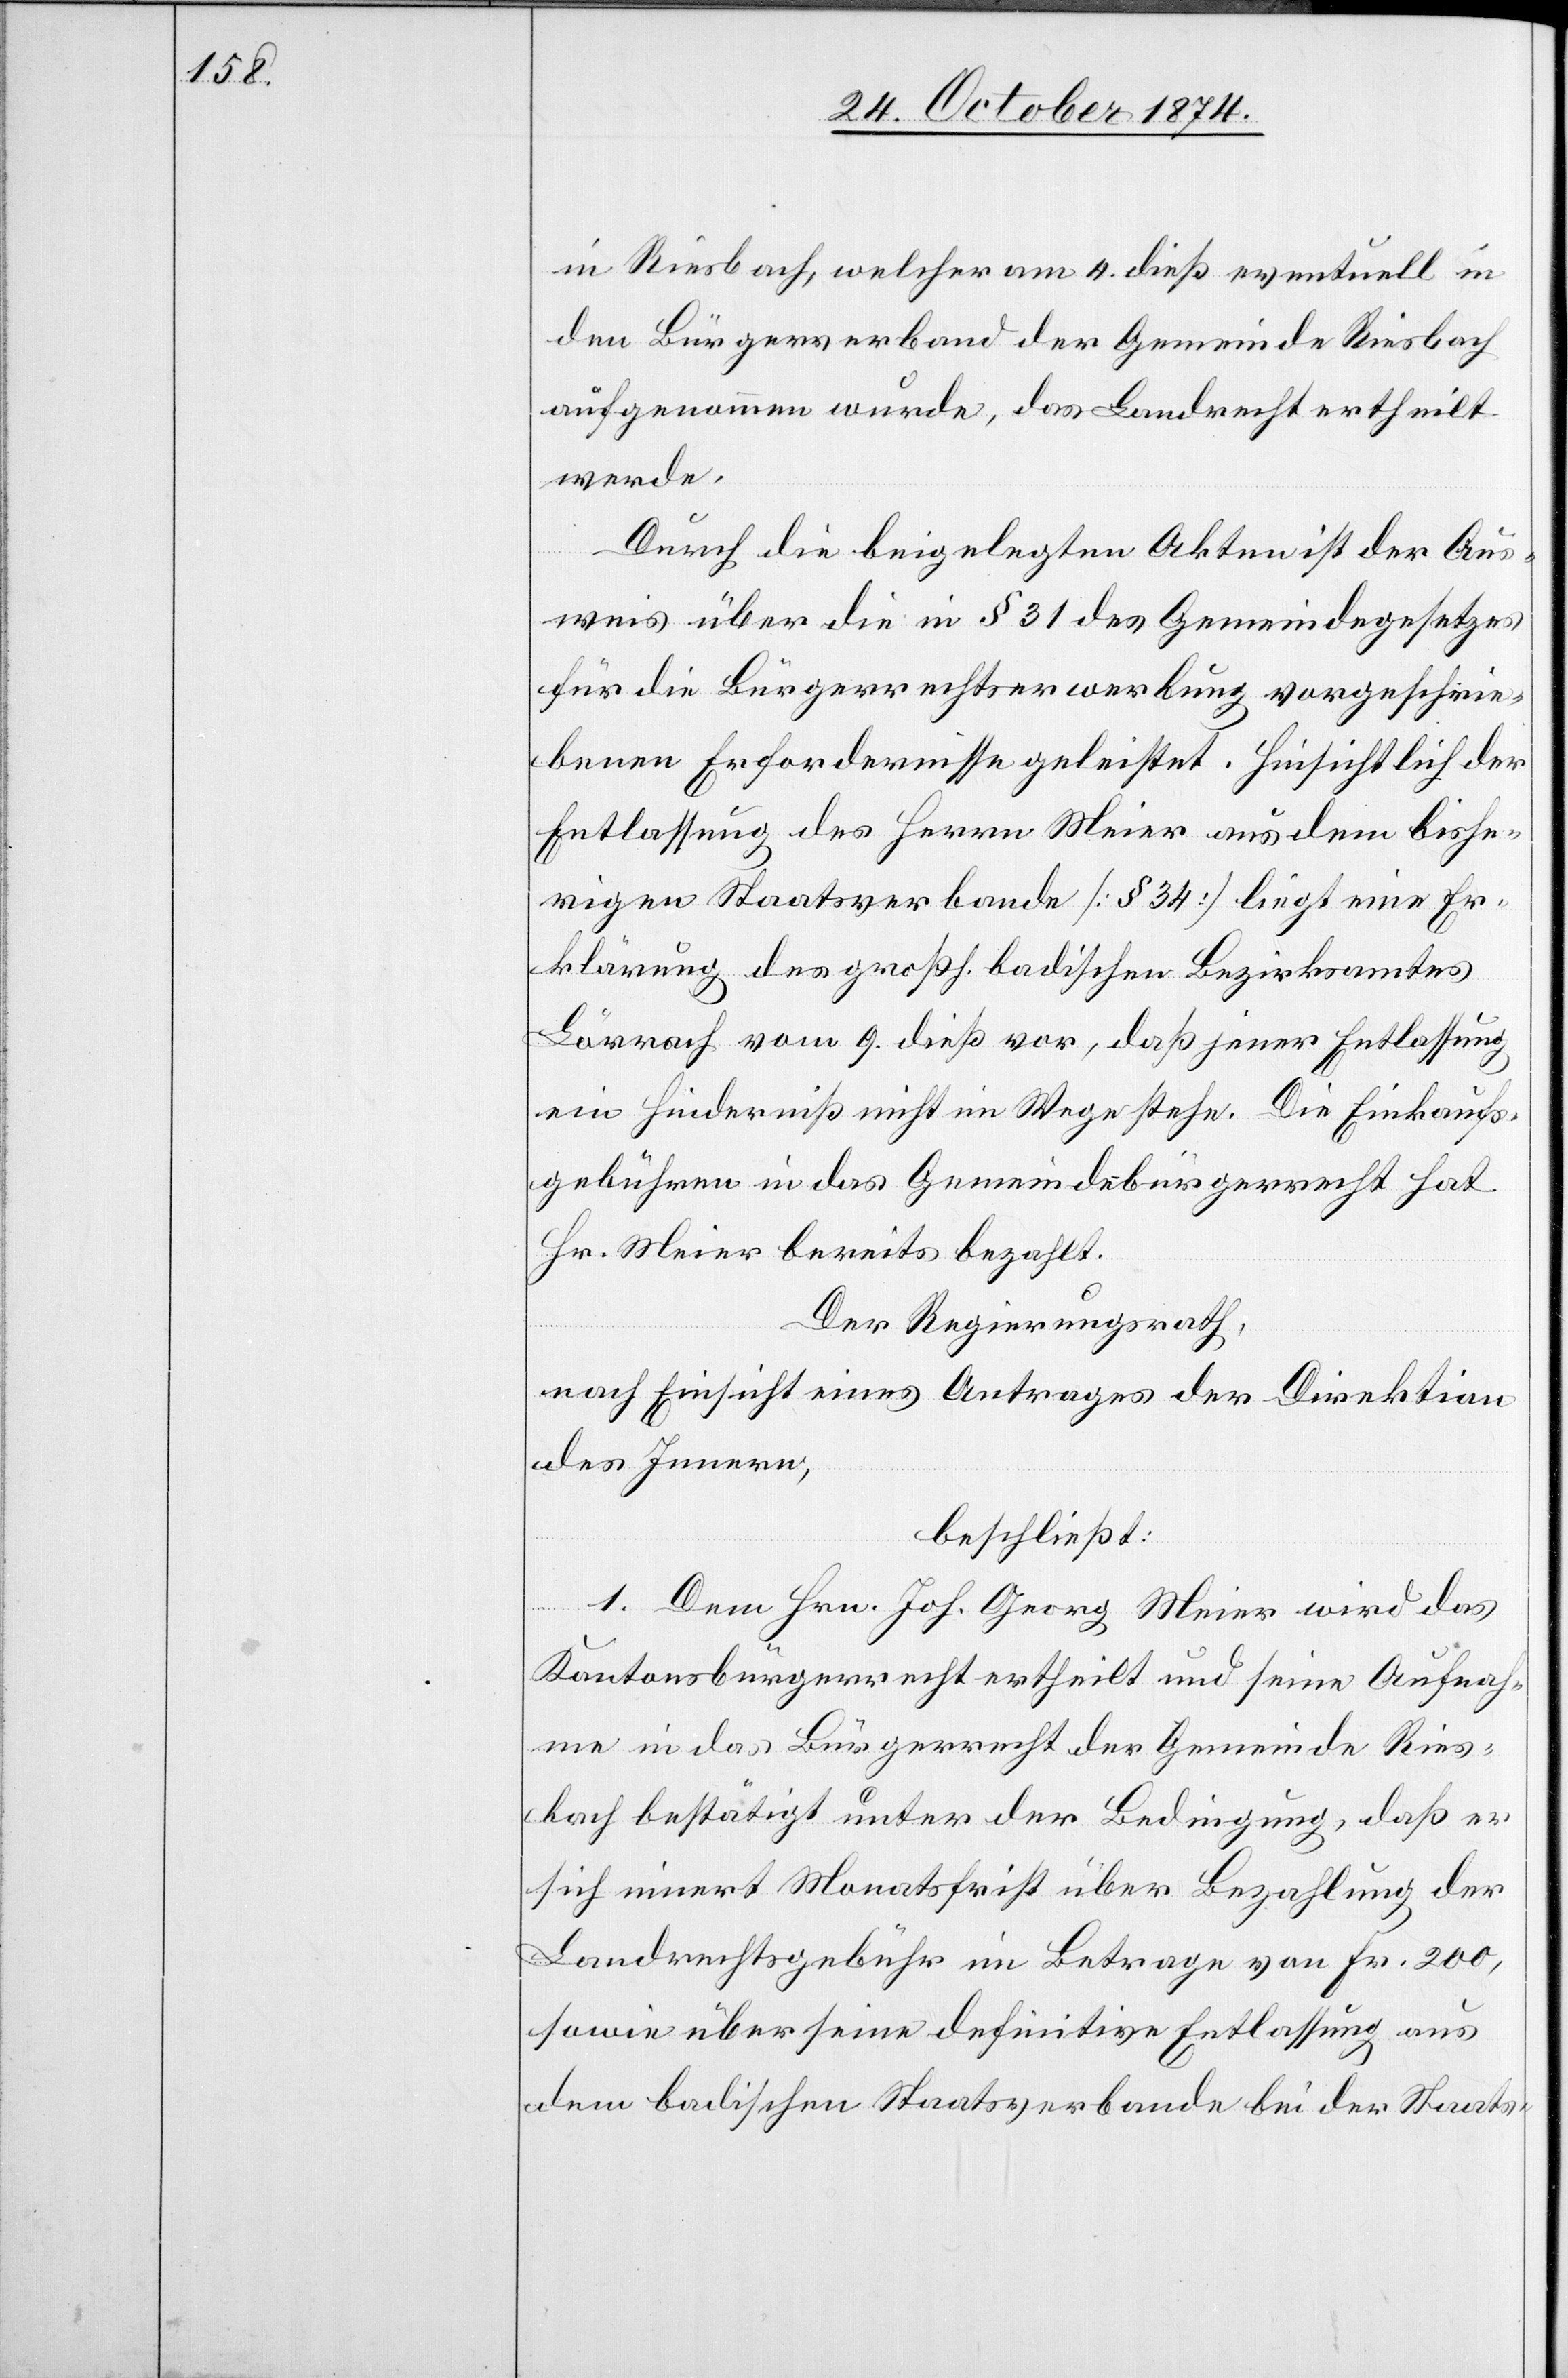
in Riesbach, welcher am 4. dieß eventuell in
den Bürgerverband der Gemeinde Riesbach
aufgenommen wurde, das Landrecht ertheilt
werde.
Durch die beigelegten Akten ist der Aus¬
weis über die in § 31 des Gemeindegesetzes
für die Bürgerrechtserwerbung vorgeschrie¬
benen Erfordernisse geleistet. Hinsichtlich der
Entlassung des Herrn Meier aus dem bishe¬
rigen Staatsverbande [§ 34] liegt eine Er¬
klärung des großh. badischen Bezirksamtes
Lörrach vom 9. dieß vor, daß jener Entlassung
ein Hinderniß nicht im Wege stehe. Die Einkaufs¬
gebühren in das Gemeindsbürgerrecht hat
Hr. Meier bereits bezahlt.
Der Regierungsrath,
nach Einsicht eines Antrages der Direktion
des Innern,
beschließt:
1. Dem Hrn. Joh. Georg Meier wird das
Kantonsbürgerrecht ertheilt und seine Aufnah¬
me in das Bürgerrecht der Gemeinde Ries¬
bach bestätigt unter der Bedingung, daß er
sich innert Monatsfrist über Bezahlung der
Landrechtsgebühr im Betrage von Fr. 200,
sowie über seine definitive Entlassung aus
dem badischen Staatsverbande bei der Staats-